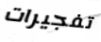
تفجيرات